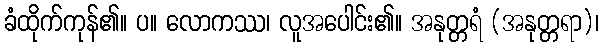
ခံထိုက်ကုန်၏။ ပ။ လောကဿ၊ လူအပေါင်း၏။ အနုတ္တရံ (အနုတ္တရာ)၊